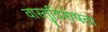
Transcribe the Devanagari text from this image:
वास्तुविशेषता